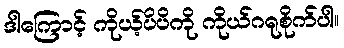
ဒါကြောင့် ကိုယ့်ပိပိကို ကိုယ်ဂရုစိုက်ပါ။